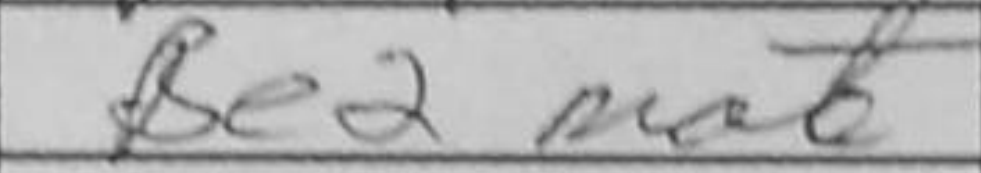
Transcription: Be2